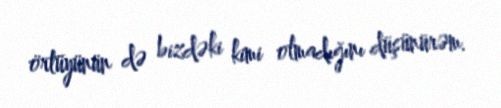
örtüyünün də bizdəki kimi olmadığını düşünürəm.